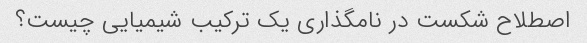
اصطلاح شکست در نامگذاری یک ترکیب شیمیایی چیست؟